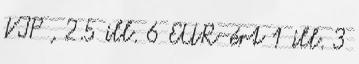
VIP , 2.5 ill. 6 EUR-ért 1 ill. 3